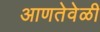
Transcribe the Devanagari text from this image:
आणतेवेळी